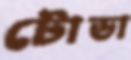
টোডা